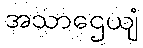
အသာဌေယျံ